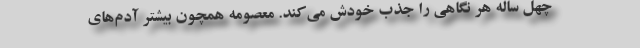
چهل ساله هر نگاهی را جذب خودش می‌کند. معصومه همچون بیشتر آدم‌های